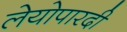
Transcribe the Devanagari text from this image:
लेयोपारदी